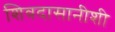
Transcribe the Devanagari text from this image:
शिवदासानीशी